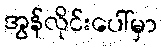
အွန်လိုင်းပေါ်မှာ